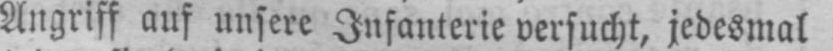
Angriff auf unsere Infanterie versucht, jedesmal